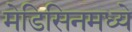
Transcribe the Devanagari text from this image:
मेडिसिनमध्ये